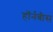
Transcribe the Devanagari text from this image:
हॉर्नबीस